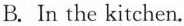
B.In the kitchen.